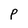
Character: P